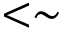
< \sim